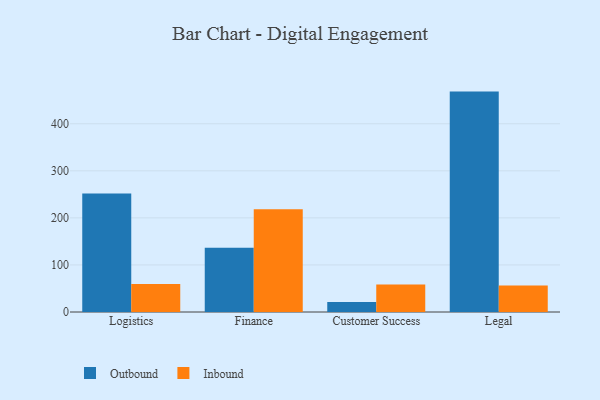
{"axis": {"x": "Department", "y": "Customer Acquisition Cost (USD)"}, "legend": ["Inbound", "Outbound"], "data": [{"x": "Logistics", "y": 251.7, "type": "Outbound"}, {"x": "Logistics", "y": 59.3, "type": "Inbound"}, {"x": "Finance", "y": 136.6, "type": "Outbound"}, {"x": "Finance", "y": 218.2, "type": "Inbound"}, {"x": "Customer Success", "y": 21.4, "type": "Outbound"}, {"x": "Customer Success", "y": 58.3, "type": "Inbound"}, {"x": "Legal", "y": 468.4, "type": "Outbound"}, {"x": "Legal", "y": 56.1, "type": "Inbound"}]}